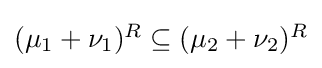
{\textstyle (\mu _{1}+\nu _{1})^{R}\subseteq (\mu _{2}+\nu _{2})^{R}}